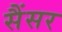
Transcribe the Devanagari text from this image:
सैंसर